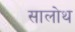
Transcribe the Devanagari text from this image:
सालोथ